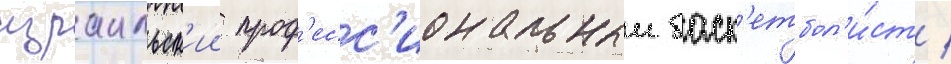
израильск'ии проф'есс'иональныи баск'етбол'и́ст /